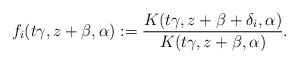
\begin{align*}f_i(t\gamma, z+\beta, \alpha):= \frac{K(t\gamma, z+\beta+\delta_i, \alpha)}{K(t\gamma, z+\beta, \alpha)}.\end{align*}